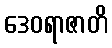
ဒေဝရာဇာတိ